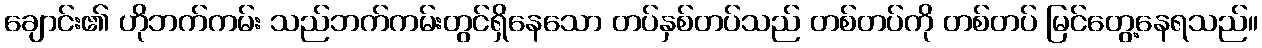
ချောင်း၏ ဟိုဘက်ကမ်း သည်ဘက်ကမ်းတွင်ရှိနေသော တပ်နှစ်တပ်သည် တစ်တပ်ကို တစ်တပ် မြင်တွေ့နေရသည်။